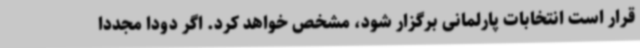
قرار است انتخابات پارلمانی برگزار شود، مشخص خواهد کرد. اگر دودا مجددا